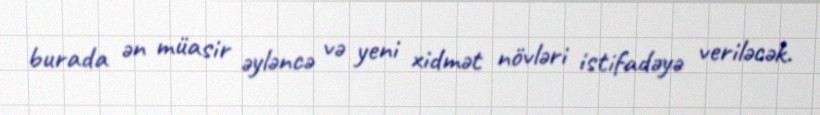
burada ən müasir əyləncə və yeni xidmət növləri istifadəyə veriləcək.